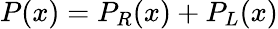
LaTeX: P(x)=P_{R}(x)+P_{L}(x)